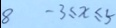
8 - 3 \leq x \leq 5